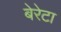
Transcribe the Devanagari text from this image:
बेरेटा